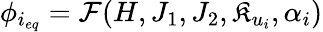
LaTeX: \phi_{i_{eq}}=\mathcal{F}(H,J_{1},J_{2},\mathfrak{K}_{u_{i}},\alpha_{i})